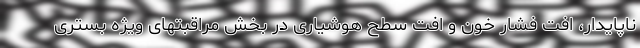
ناپایدار، افت فشار خون و افت سطح هوشیاری در بخش مراقبتهای ویژه بستری